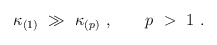
\begin{align*}\kappa_{(1)}\ \gg\ \kappa_{(p)}\ , \qquad p\ >\ 1\ .\end{align*}